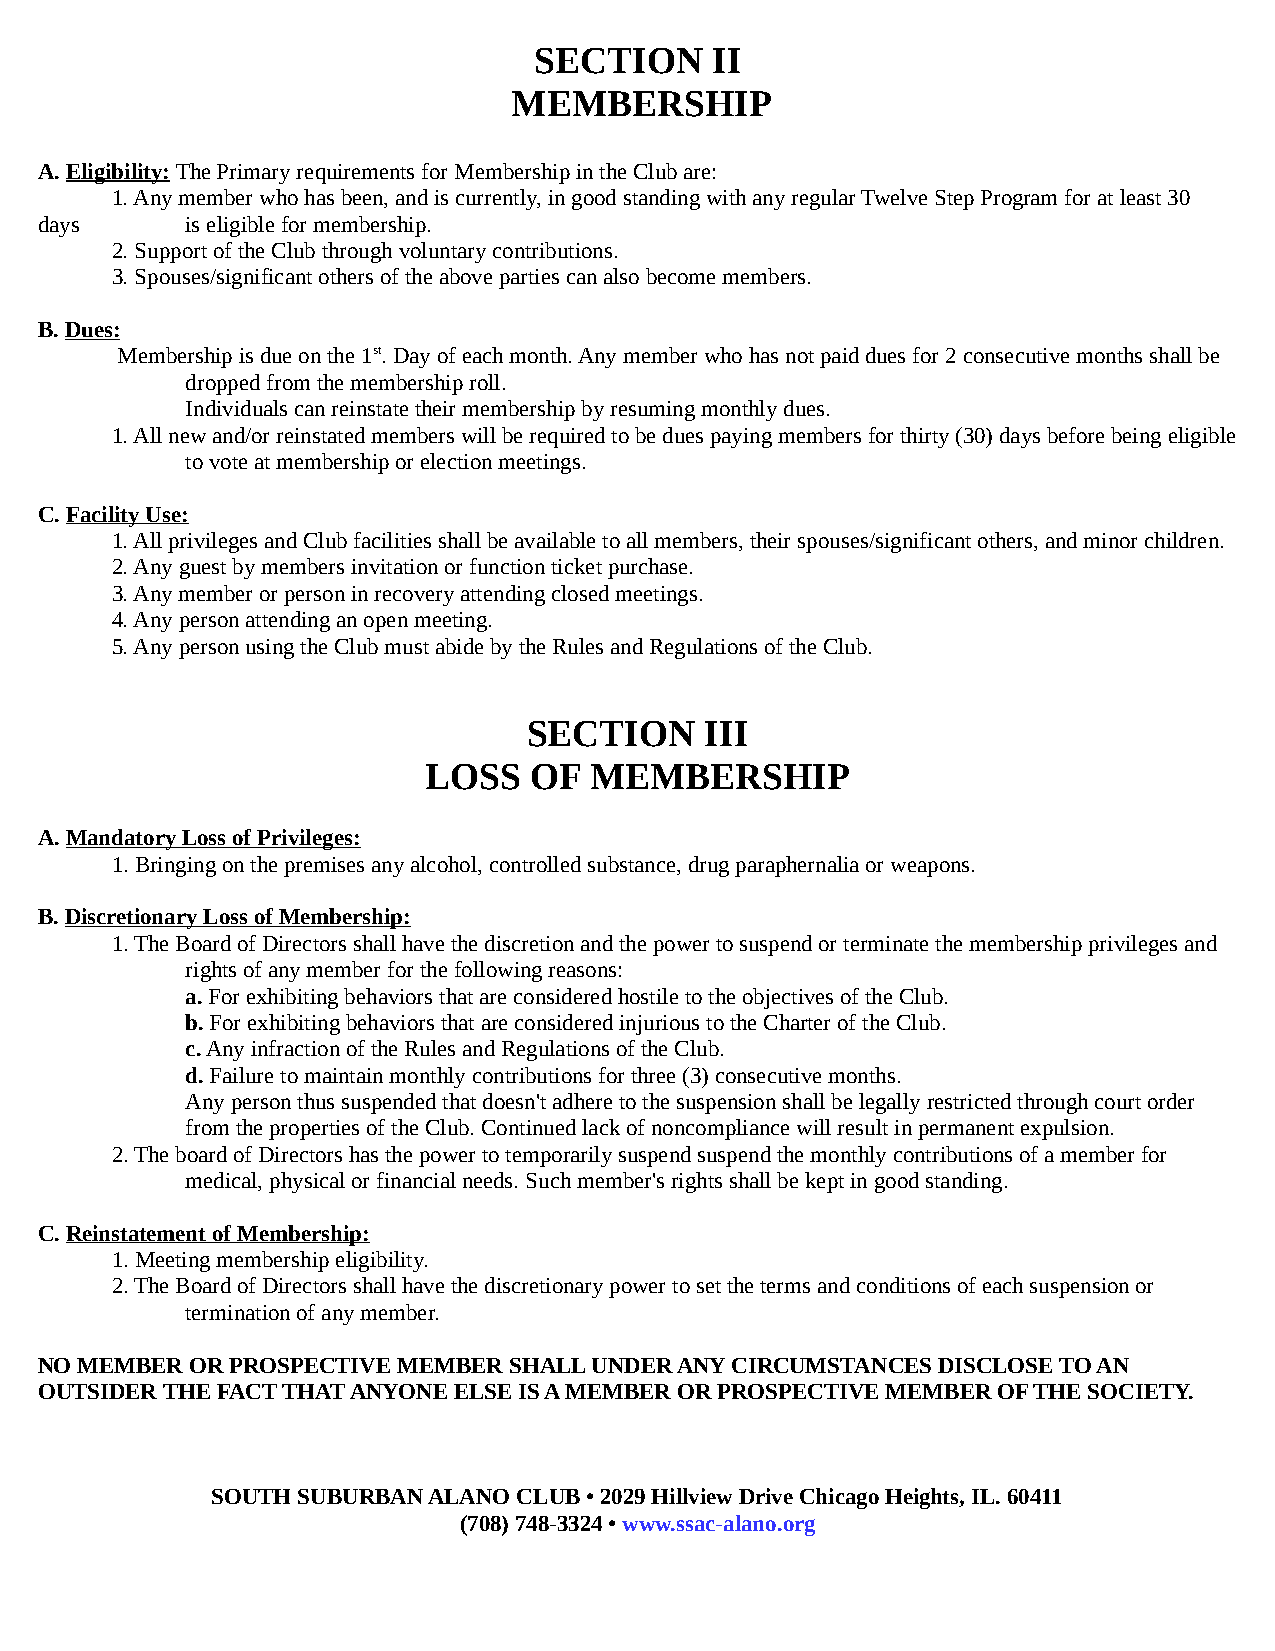
SECTION     II
 MEMBERSHIP
 A. Eligibility: The Primary requirements for Membership in the Club are:
 1. Any member who has been, and is currently, in good standing with any regular Twelve Step Program for at least 30
 days      is eligible for membership.
 2. Support of the Club through voluntary contributions.
 3. Spouses/significant others of the above parties can also become members.
 B. Dues:
 Membership is due on the 1st. Day of each month. Any member who has not paid dues for 2 consecutive months shall be
 dropped from the membership roll.
 Individuals can reinstate their membership by resuming monthly dues.
 1. All new and/or reinstated members will be required to be dues paying members for thirty (30) days before being eligible
 to vote at membership or election meetings.
 C. Facility Use:
 1. All privileges and Club facilities shall be available to all members, their spouses/significant others, and minor children.
 2. Any guest by members invitation or function ticket purchase.
 3. Any member or person in recovery attending closed meetings.
 4. Any person attending an open meeting.
 5. Any person using the Club must abide by the Rules and Regulations of the Club.
 SECTION     III
 LOSS   OF  MEMBERSHIP
 A. Mandatory Loss of Privileges:
 1. Bringing on the premises any alcohol, controlled substance, drug paraphernalia or weapons.
 B. Discretionary Loss of Membership:
 1. The Board of Directors shall have the discretion and the power to suspend or terminate the membership privileges and
 rights of any member for the following reasons:
 a. For exhibiting behaviors that are considered hostile to the objectives of the Club.
 b. For exhibiting behaviors that are considered injurious to the Charter of the Club.
 c. Any infraction of the Rules and Regulations of the Club.
 d. Failure to maintain monthly contributions for three (3) consecutive months.
 Any person thus suspended that doesn't adhere to the suspension shall be legally restricted through court order
 from the properties of the Club. Continued lack of noncompliance will result in permanent expulsion.
 2. The board of Directors has the power to temporarily suspend suspend the monthly contributions of a member for
 medical, physical or financial needs. Such member's rights shall be kept in good standing.
 C. Reinstatement of Membership:
 1. Meeting membership eligibility.
 2. The Board of Directors shall have the discretionary power to set the terms and conditions of each suspension or
 termination of any member.
 NO MEMBER  OR PROSPECTIVE MEMBER SHALL UNDER ANY CIRCUMSTANCES DISCLOSE TO AN
 OUTSIDER THE FACT THAT ANYONE ELSE IS A MEMBER OR PROSPECTIVE MEMBER OF THE SOCIETY.
 SOUTH SUBURBAN ALANO CLUB • 2029 Hillview Drive Chicago Heights, IL. 60411
 (708) 748-3324 • www.ssac-alano.org